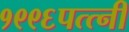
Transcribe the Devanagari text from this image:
१९९६पत्त्नी